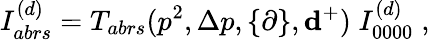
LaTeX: I_{abrs}^{(d)}=T_{abrs}(p^{2},\Delta p,\{ \partial\} ,{\mathbf d^{+}})\; I_{0000}^{(d)}\; ,